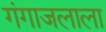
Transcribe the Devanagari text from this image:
गंगाजलाला